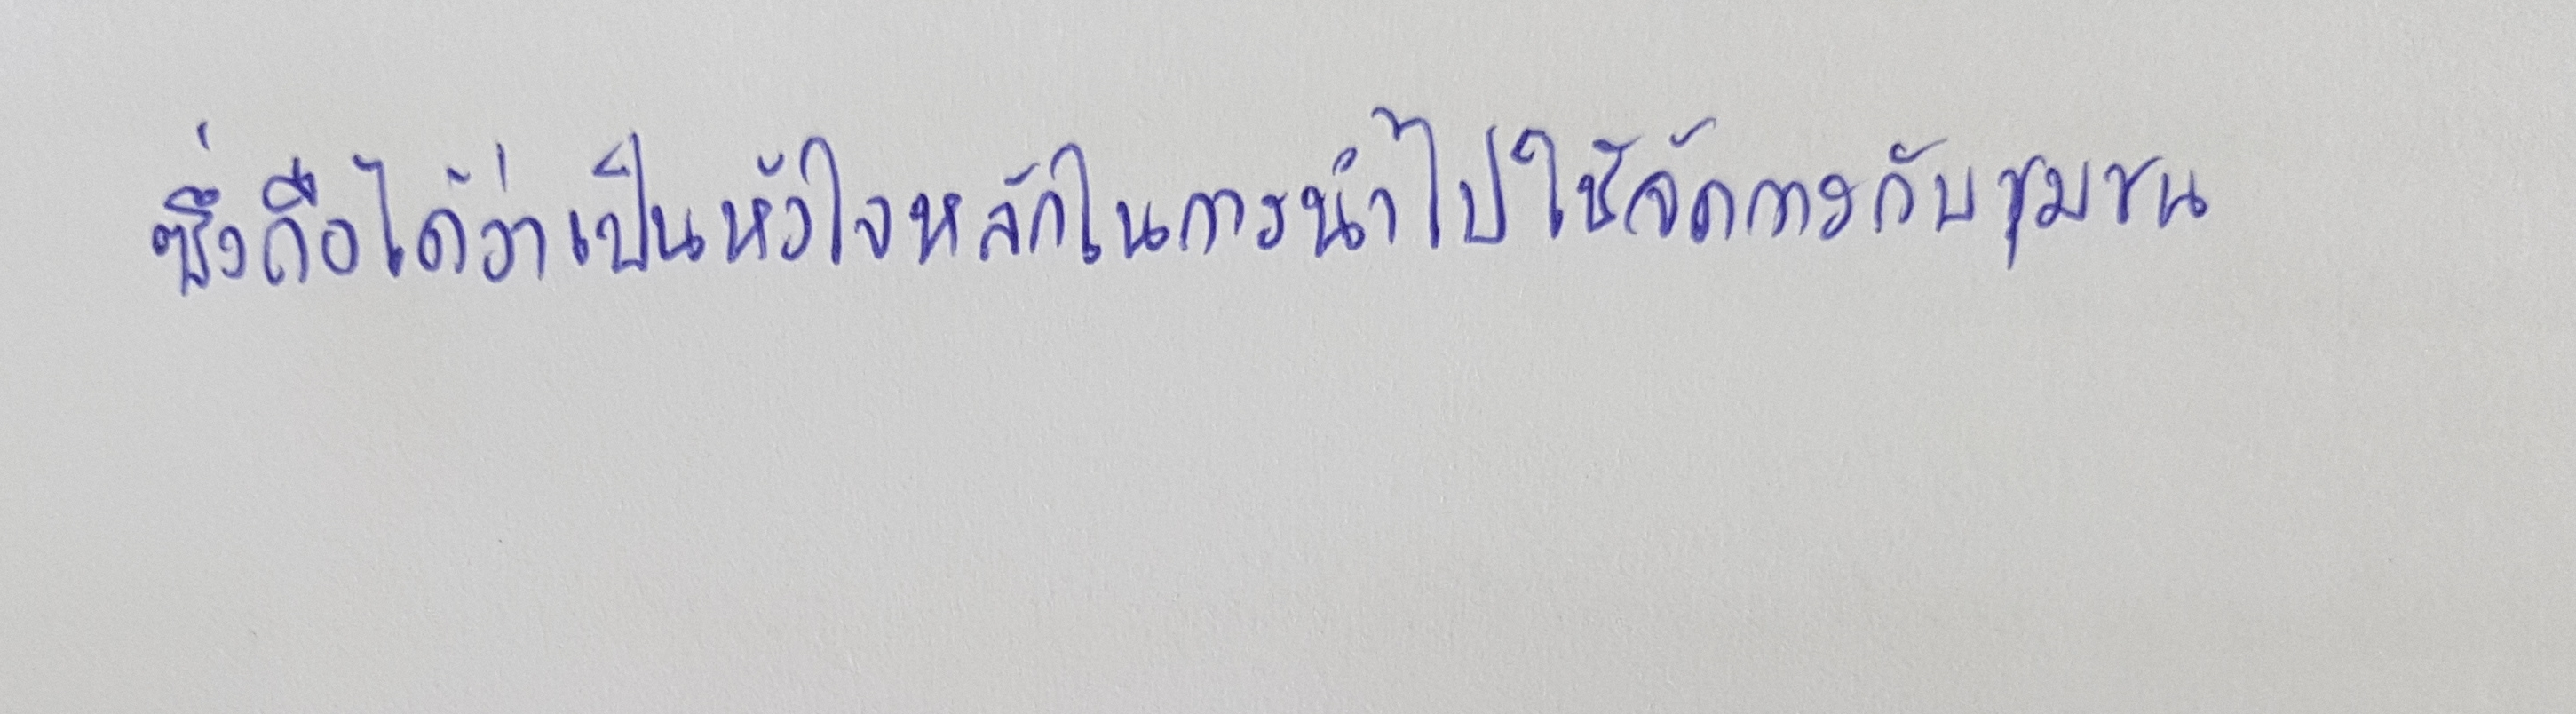
ซึ่งถือได้ว่าเป็นหัวใจหลักในการนำไปใช้จัดการกับชุมชน